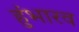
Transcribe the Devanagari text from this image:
हुंभारव